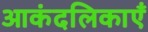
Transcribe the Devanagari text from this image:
आकंदलिकाएँ